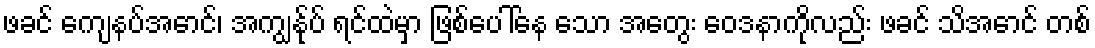
ဖခင် ကျေနပ်အောင်၊ အကျွန်ုပ် ရင်ထဲမှာ ဖြစ်ပေါ်နေ သော အတွေး ဝေဒနာကိုလည်း ဖခင် သိအောင် တစ်